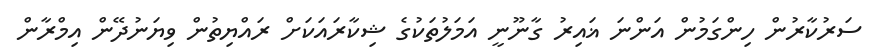
ސަރުކާރުން ހިންގަމުން އަންނަ ޣައިރު ގާނޫނީ އަމަލުތަކުގެ ޝިކާރައަކަށް ރައްޔިތުން ވިޔަނުދޭން އިމްރާން